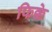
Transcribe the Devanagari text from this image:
फिक्के